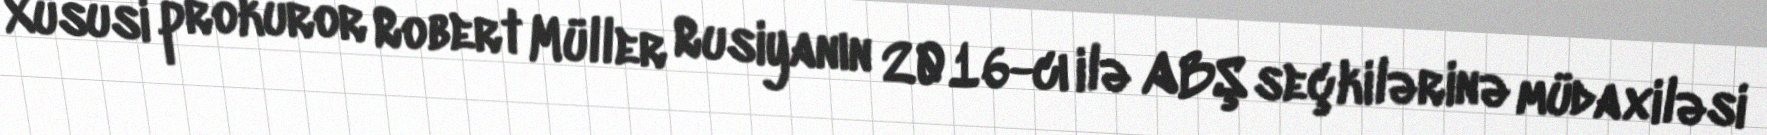
Xüsusi prokuror Robert Müller Rusiyanın 2016-cı ilə ABŞ seçkilərinə müdaxiləsi